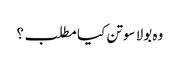
وہ بولا سوتن کیا مطلب؟